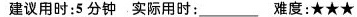
建议用时:5 分钟 实际用时: 难度:★★★